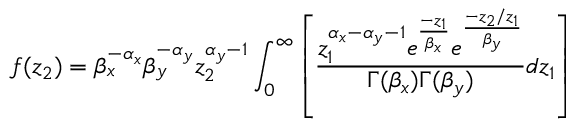
f ( z _ { 2 } ) = \beta _ { x } ^ { - \alpha _ { x } } \beta _ { y } ^ { - \alpha _ { y } } z _ { 2 } ^ { \alpha _ { y } - 1 } \int _ { 0 } ^ { \infty } \left[ \frac { z _ { 1 } ^ { \alpha _ { x } - \alpha _ { y } - 1 } e ^ { \frac { - z _ { 1 } } { \beta _ { x } } } e ^ { \frac { - z _ { 2 } / z _ { 1 } } { \beta _ { y } } } } { \Gamma ( \beta _ { x } ) \Gamma ( \beta _ { y } ) } d z _ { 1 } \right]